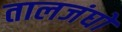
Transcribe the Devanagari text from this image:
तालजंघों